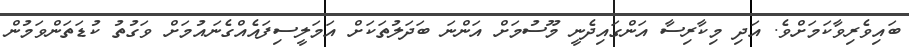
ބައިވެރިވާކަމަށްވެ. އަދި މިކާރިސާ އަންގައިދެނީ މޫސުމަށް އަންނަ ބަދަލުތަކަށް އަމަލީސިފައެއްގެނައުމަށް ވަގުތު ކުޑަތަންވަމުން